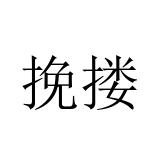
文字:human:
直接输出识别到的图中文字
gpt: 挽搂